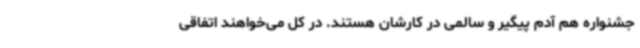
جشنواره هم آدم پیگیر و سالمی در کارشان هستند. در کل می‌خواهند اتفاقی